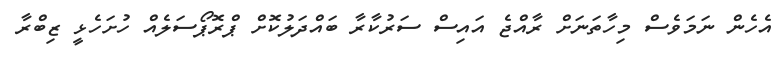
އެހެން ނަމަވެސް މިހާތަނަށް ރާއްޖެ އައިސް ސަރުކާރާ ބައްދަލުކޮށް ޕްރޮޕޯސަލެއް ހުށަހެޅީ ޒިބްރާ